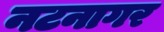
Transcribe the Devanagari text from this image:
नटनागर